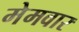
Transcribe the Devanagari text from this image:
मेमवार